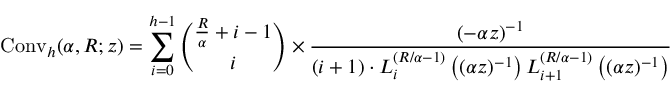
\operatorname { C o n v } _ { h } ( \alpha , R ; z ) = \sum _ { i = 0 } ^ { h - 1 } { \binom { { \frac { R } { \alpha } } + i - 1 } { i } } \times { \frac { ( - \alpha z ) ^ { - 1 } } { ( i + 1 ) \cdot L _ { i } ^ { \left( R / \alpha - 1 \right) } \left( ( \alpha z ) ^ { - 1 } \right) L _ { i + 1 } ^ { \left( R / \alpha - 1 \right) } \left( ( \alpha z ) ^ { - 1 } \right) } }